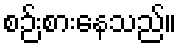
စဉ်းစားနေသည်။